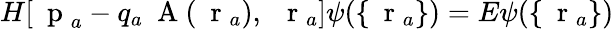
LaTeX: H[\mathrm{~\mathbf~p~}_{a}-q_{a}\mathrm{~\mathbf~A~}(\mathrm{~\mathbf~r~}_{a}),\; \mathrm{~\mathbf~r~}_{a}]\psi(\{ \mathrm{~\mathbf~r~}_{a}\} )=E\psi(\{ \mathrm{~\mathbf~r~}_{a}\} )